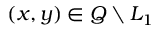
( x , y ) \in Q \setminus L _ { 1 }